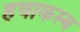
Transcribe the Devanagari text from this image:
हवाकस्‍ब